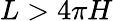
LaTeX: L>4\pi H